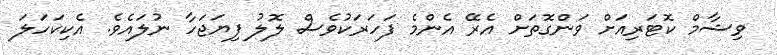
ވިޝާމް ކޮޓަރިއަށް ވަންގޮތަށް އެރޭ އެންމެ ފަހަރަކުވެސް ލޮލު ފިޔަޖަހާ ނުލައެވެ. އެކިކަހަލަ